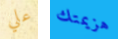
علي هزيمتك